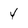
Character: 4